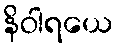
နိဝါရယေ